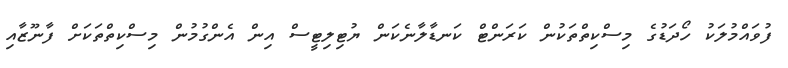
ފުވައްމުލަކު ހޯދަޑުގެ މިސްކިތްތަކުން ކަރަންޓް ކަނޑާލާނެކަން ޔުޓިލިޓީސް އިން އެންގުމުން މިސްކިތްތަކަށް ފާނޫޒާއި